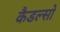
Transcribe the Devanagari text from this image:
कैडल्सो